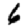
Digit: 6